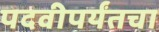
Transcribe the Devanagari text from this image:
पदवीपर्यंतचा